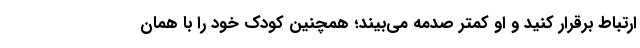
ارتباط برقرار کنید و او کمتر صدمه می‌بیند؛ همچنین کودک خود را با همان